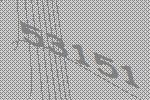
53151